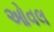
ઓવલ